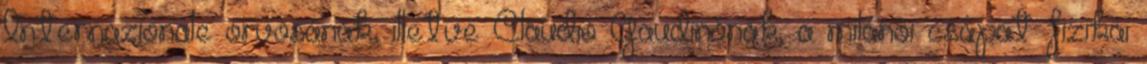
Internazionale orvosának, illetve Claudio Gaudinónak, a milánói csapat fizikai